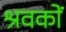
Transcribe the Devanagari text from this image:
श्रवकों